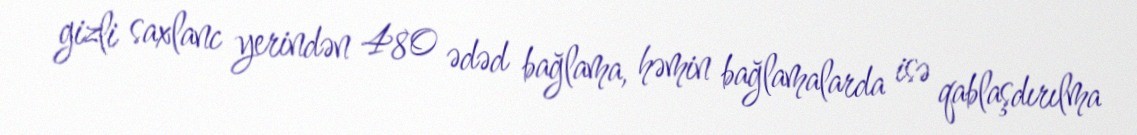
gizli saxlanc yerindən 480 ədəd bağlama, həmin bağlamalarda isə qablaşdırılma